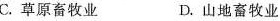
C.草原畜牧业 D.山地畜牧业